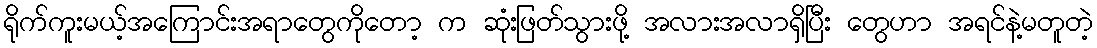
ရိုက်ကူးမယ့်အကြောင်းအရာတွေကိုတော့ က ဆုံးဖြတ်သွားဖို့ အလားအလာရှိပြီး တွေဟာ အရင်နဲ့မတူတဲ့